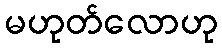
မဟုတ်လောဟု